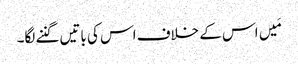
مَیں اس کے خلاف اس کی باتیں گننے لگا۔